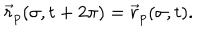
LaTeX: \vec { r } _ { p } ( \sigma , t + 2 \pi ) = \vec { r } _ { p } ( \sigma , t ) .